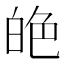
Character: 𦫙